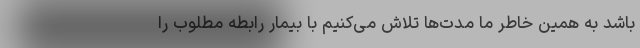
باشد به همین خاطر ما مدت‌ها تلاش می‌کنیم با بیمار رابطه مطلوب را